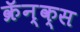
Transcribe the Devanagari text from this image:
क्रॅन्क्स